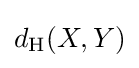
d_{\text{H}}(X,Y)